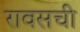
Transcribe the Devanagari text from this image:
रावसची